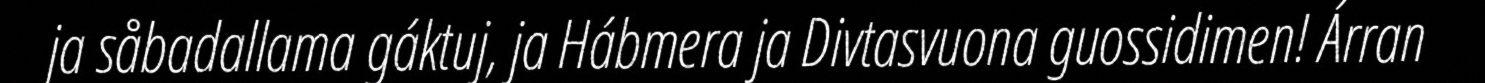
ja såbadallama gáktuj, ja Hábmera ja Divtasvuona guossidimen! Árran